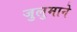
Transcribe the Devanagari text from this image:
जुलुमाने